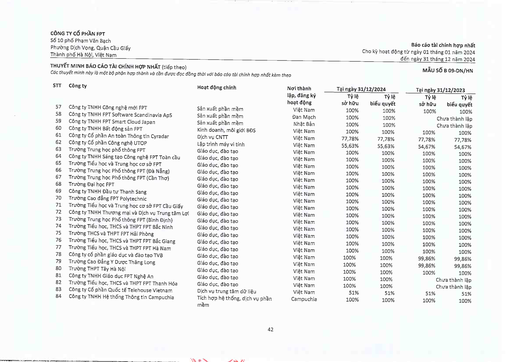
|STT|Công ty|Hoạt động chính|Nơi thành lập, đăng ký hoạt động|Tại ngày 31/12/2024|Tại ngày 31/12/2023| |---|---|---|---|---|---| ||||Tỷ lệ sở hữu|Tỷ lệ biểu quyết|Tỷ lệ sở hữu|Tỷ lệ biểu quyết| |57|Công ty TNHH Công nghệ Mới FPT|Sản xuất phần mềm|Việt Nam|100%|100%|100%|100%| |58|Công ty TNHH FPT Software Scandinavia ApS|Sản xuất phần mềm|Đan Mạch|100%|100%||Chưa thành lập| |59|Công ty TNHH FPT Smart Cloud Japan|Sản xuất phần mềm|Nhật Bản|100%|100%||Chưa thành lập| |60|Công ty TNHH Bất động sản FPT|Kinh doanh, môi giới BĐS|Việt Nam|100%|100%|100%|100%| |61|Công ty Cổ phần An toàn Thông tin Cyradar|Dịch vụ CNTT|Việt Nam|77,78%|77,78%|77,78%|77,78%| |62|Công ty Cổ phần Công nghệ UTOP|Lập trình máy vi tính|Việt Nam|55,63%|55,63%|54,67%|54,67%| |63|Trường Trung học Phổ thông FPT|Giáo dục, đào tạo|Việt Nam|100%|100%|100%|100%| |64|Công ty TNHH Sáng tạo Công nghệ FPT Toàn cầu|Giáo dục, đào tạo|Việt Nam|100%|100%|100%|100%| |65|Trường Tiểu học và Trung học Cơ sở FPT|Giáo dục, đào tạo|Việt Nam|100%|100%|100%|100%| |66|Trường Trung học Phổ thông FPT (Đà Nẵng)|Giáo dục, đào tạo|Việt Nam|100%|100%|100%|100%| |67|Trường Trung học Phổ thông FPT (Cần Thơ)|Giáo dục, đào tạo|Việt Nam|100%|100%|100%|100%| |68|Trường Đại học FPT|Giáo dục, đào tạo|Việt Nam|100%|100%|100%|100%| |69|Công ty TNHH Đầu tư Thanh Sang|Giáo dục, đào tạo|Việt Nam|100%|100%|100%|100%| |70|Trường Cao đẳng FPT Polytechnic|Giáo dục, đào tạo|Việt Nam|100%|100%|100%|100%| |71|Trường Tiểu học và Trung học Cơ sở FPT Cầu Giấy|Giáo dục, đào tạo|Việt Nam|100%|100%|100%|100%| |72|Công ty TNHH Thương mại và Dịch vụ Trung tâm Lợi|Giáo dục, đào tạo|Việt Nam|100%|100%|100%|100%| |73|Trường Trung học Phổ thông FPT (Bình Định)|Giáo dục, đào tạo|Việt Nam|100%|100%|100%|100%| |74|Trường Tiểu học, THCS và THPT FPT Bắc Ninh|Giáo dục, đào tạo|Việt Nam|100%|100%|100%|100%| |75|Trường THCS và THPT FPT Hải Phòng|Giáo dục, đào tạo|Việt Nam|100%|100%|100%|100%| |76|Trường Tiểu học, THCS và THPT FPT Bắc Giang|Giáo dục, đào tạo|Việt Nam|100%|100%|100%|100%| |77|Trường Tiểu học, THCS và THPT FPT Hà Nam|Giáo dục, đào tạo|Việt Nam|100%|100%|100%|100%| |78|Công ty Cổ phần Giáo dục và Đào tạo TVB|Giáo dục, đào tạo|Việt Nam|100%|100%|99,86%|99,86%| |79|Trường Cao Đẳng Y Dược Thăng Long|Giáo dục, đào tạo|Việt Nam|100%|100%|99,86%|99,86%| |80|Trường THPT Tây Hà Nội|Giáo dục, đào tạo|Việt Nam|100%|100%|100%|100%| |81|Công ty TNHH Giáo dục FPT Nghệ An|Giáo dục, đào tạo|Việt Nam|100%|100%||Chưa thành lập| |82|Trường Tiểu học, THCS và THPT FPT Thanh Hóa|Giáo dục, đào tạo|Việt Nam|100%|100%||Chưa thành lập| |83|Công ty Cổ phần Quốc tế Telehouse Vietnam|Dịch vụ trung tâm dữ liệu|Việt Nam|51%|51%|51%|51%| |84|Công ty TNHH Hệ thống Thông tin Campuchia|Tích hợp hệ thống, dịch vụ phần mềm|Campuchia|100%|100%|100%|100%|